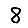
Digit: 8